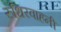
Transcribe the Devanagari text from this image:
रुधिरवाहनी